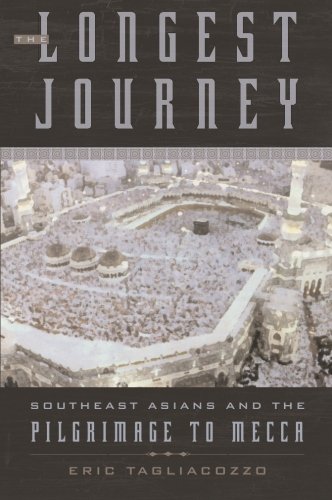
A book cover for The Longest Journey: Southeast Asians and the Pilgrimage to Mecca; Eric Tagliacozzo; History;